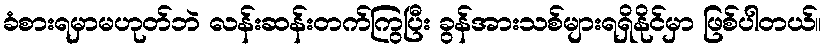
ခံစားရမှာမဟုတ်ဘဲ လန်းဆန်းတက်ကြွပြီး ခွန်အားသစ်များရရှိနိုင်မှာ ဖြစ်ပါတယ်။